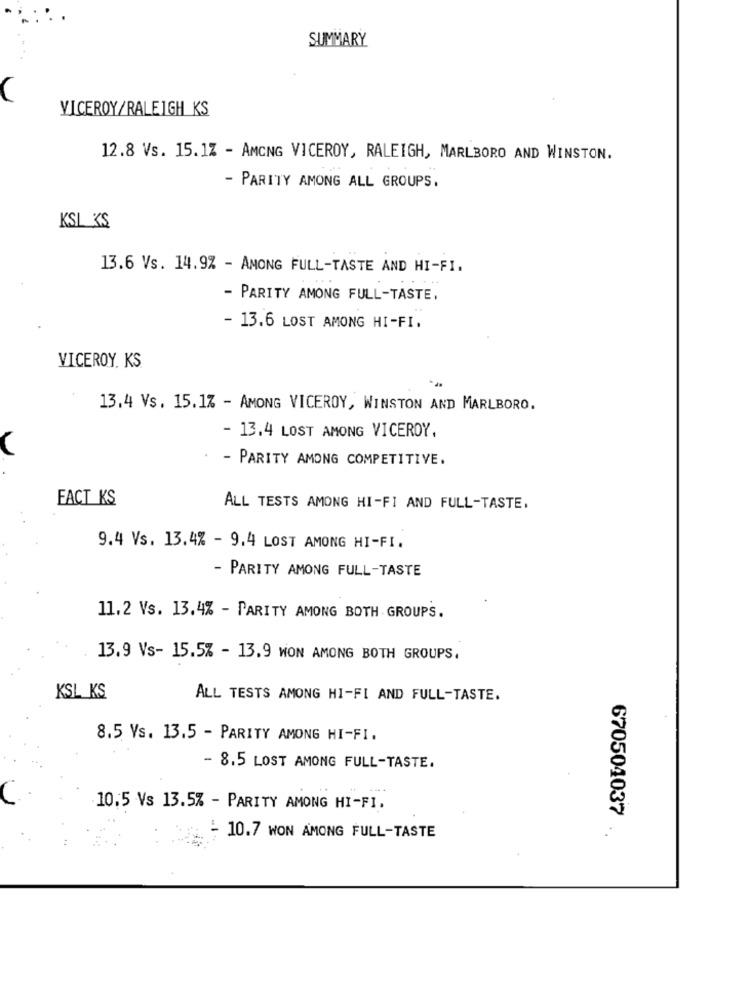
SUMMARY
VICEROY/RALEIGH KS
12.8 Vs. 15.1% - AMONG VICEROY, RALEIGH, MARLBORO AND WINSTON.
- PARITY AMONG ALL GROUPS.
KSL KS
13.6 Vs. 14.9% - AMONG FULL-TASTE AND HI-FI.
- PARITY AMONG FULL-TASTE.
- 13.6 LOST AMONG HI-FI.
VICEROY. KS.
13.4 Vs. 15.1% - AMONG VICEROY, WINSTON AND MARLBORO.
- 13.4 LOST AMONG VICEROY.
- PARITY AMONG COMPETITIVE.
FACT KS
ALL TESTS AMONG HI-FI AND FULL-TASTE.
9.4 Vs. 13.4% - 9.4 LOST AMONG HI-FI.
- PARITY AMONG FULL-TASTE
11.2 Vs. 13.4% - PARITY AMONG BOTH GROUPS.
13.9 Vs- 15.5% - 13.9 MON AMONG BOTH GROUPS,
KSL KS
ALL TESTS AMONG HI-FI AND FULL-TASTE.
8.5 Vs. 13.5 - PARITY AMONG HI-FI.
- 8.5 LOST AMONG FULL-TASTE.
10,5 Vs 13.5% - PARITY AMONG HI-FI.
670504037
- 10.7 WON AMONG FULL-TASTE